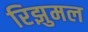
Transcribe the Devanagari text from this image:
रिझुमल